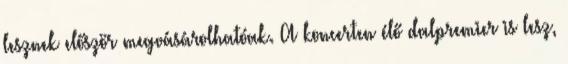
lesznek először megvásárolhatóak. A koncerten élő dalpremier is lesz,